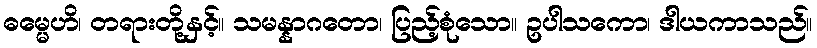
ဓမ္မေဟိ၊ တရားတို့နှင့်။ သမန္နာဂတော၊ ပြည့်စုံသော။ ဥပါသကော၊ ဒါယကာသည်။